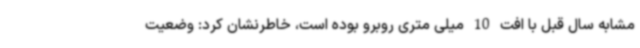
مشابه سال قبل با افت 10 میلی متری روبرو بوده است، خاطرنشان کرد: وضعیت